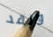
ولقد